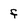
Character: f